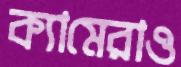
ক্যামেরাও